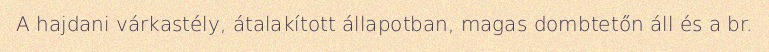
A hajdani várkastély, átalakított állapotban, magas dombtetőn áll és a br.